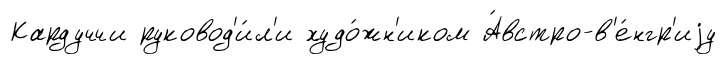
Кардуччи руковод'и́л'и худо́жн'иком А́встро-в'е́нгр'иjу